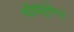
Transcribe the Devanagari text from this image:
मॉडय़ूलेटर